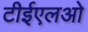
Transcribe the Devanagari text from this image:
टीईएलओ